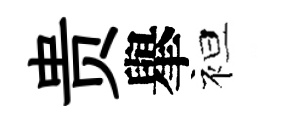
贵𦦙袒